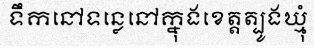
ទឹកនៅទន្លេនៅក្នុងខេត្តត្បូងឃ្មុំ